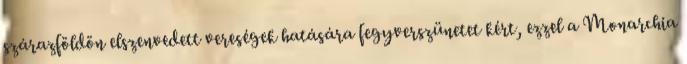
szárazföldön elszenvedett vereségek hatására fegyverszünetet kért, ezzel a Monarchia